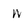
Character: w